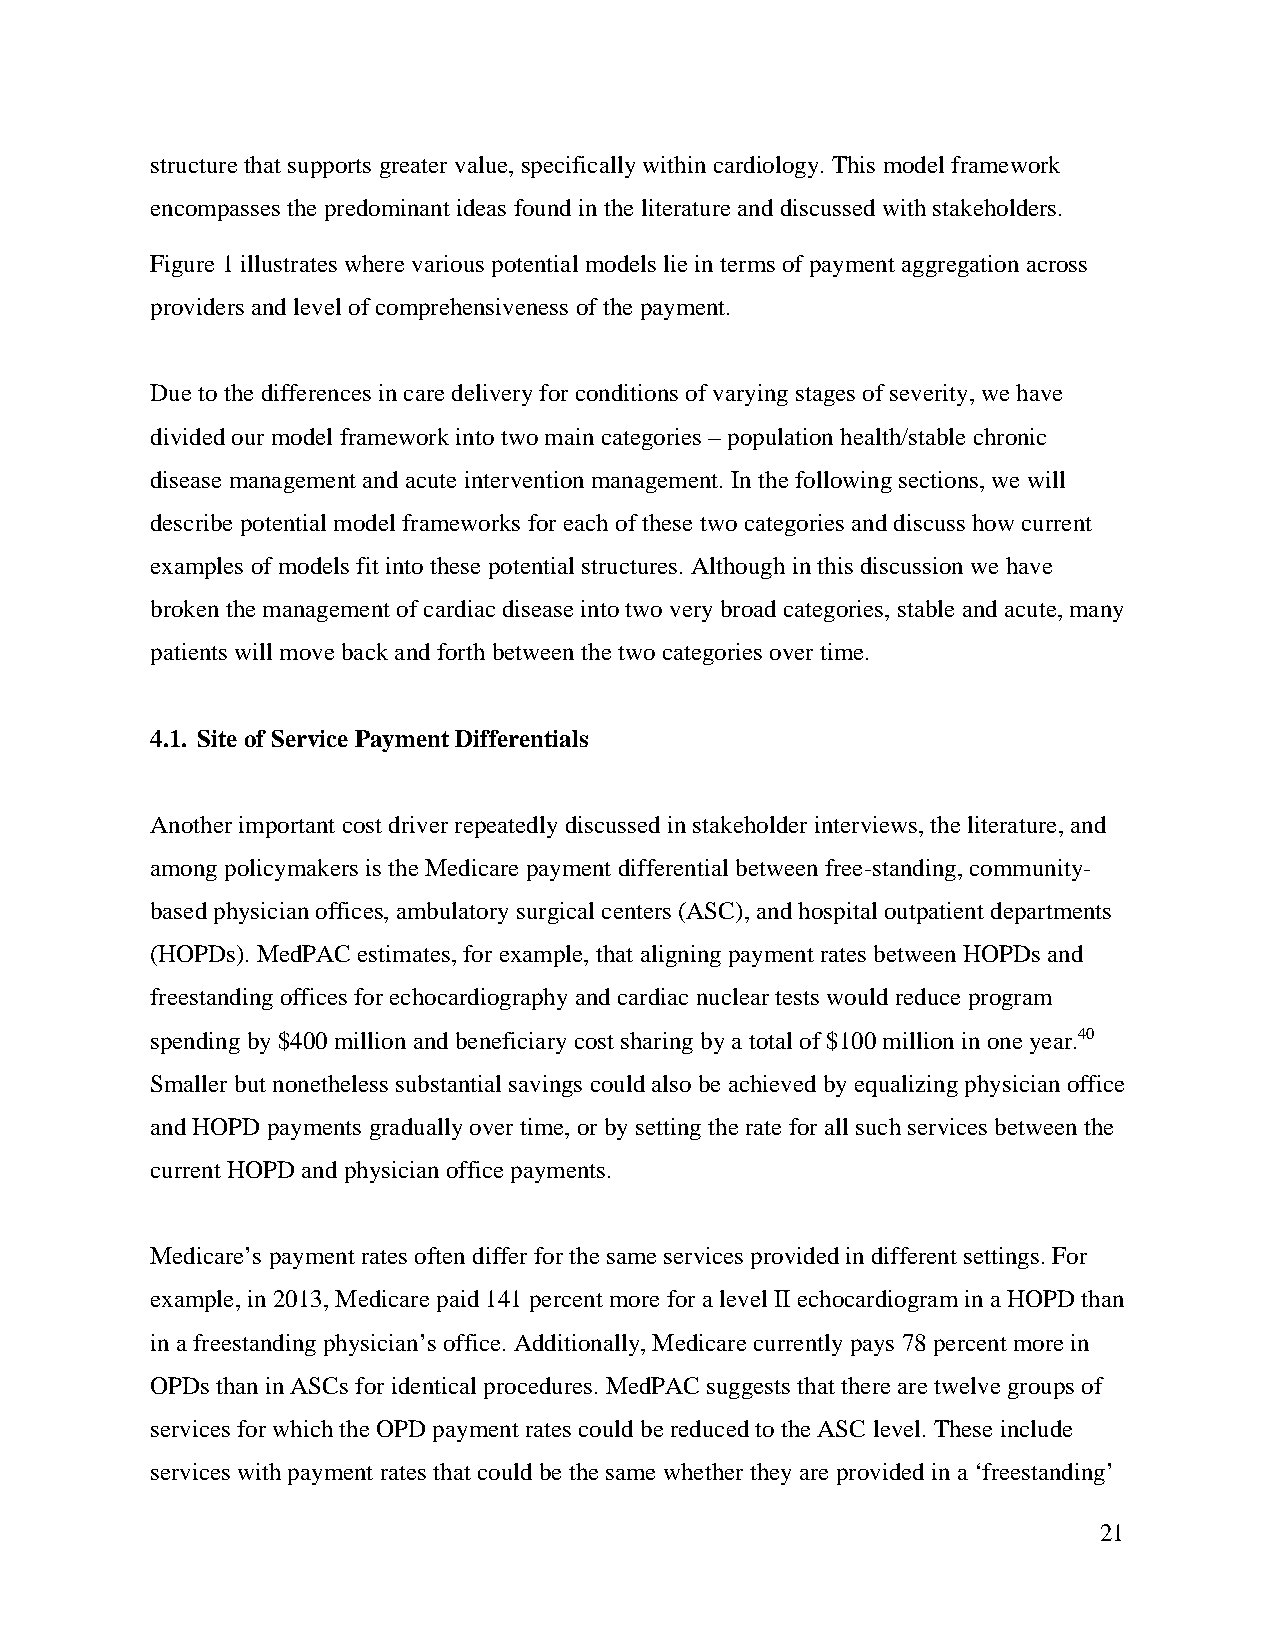
structure that supports greater value, specifically within cardiology. This model framework
 encompasses the predominant ideas found in the literature and discussed with stakeholders.
 Figure 1 illustrates where various potential models lie in terms of payment aggregation across
 providers and level of comprehensiveness of the payment.
 Due to the differences in care delivery for conditions of varying stages of severity, we have
 divided our model framework into two main categories – population health/stable chronic
 disease management and acute intervention management. In the following sections, we will
 describe potential model frameworks for each of these two categories and discuss how current
 examples of models fit into these potential structures. Although in this discussion we have
 broken the management of cardiac disease into two very broad categories, stable and acute, many
 patients will move back and forth between the two categories over time.
 4.1. Site of Service Payment Differentials
 Another important cost driver repeatedly discussed in stakeholder interviews, the literature, and
 among policymakers is the Medicare payment differential between free-standing, community-
 based physician offices, ambulatory surgical centers (ASC), and hospital outpatient departments
 (HOPDs). MedPAC estimates, for example, that aligning payment rates between HOPDs and
 freestanding offices for echocardiography and cardiac nuclear tests would reduce program
 spending by $400 million and beneficiary cost sharing by a total of $100 million in one year.40
 Smaller but nonetheless substantial savings could also be achieved by equalizing physician office
 and HOPD payments gradually over time, or by setting the rate for all such services between the
 current HOPD and physician office payments.
 Medicare’s payment rates often differ for the same services provided in different settings. For
 example, in 2013, Medicare paid 141 percent more for a level II echocardiogram in a HOPD than
 in a freestanding physician’s office. Additionally, Medicare currently pays 78 percent more in
 OPDs than in ASCs for identical procedures. MedPAC suggests that there are twelve groups of
 services for which the OPD payment rates could be reduced to the ASC level. These include
 services with payment rates that could be the same whether they are provided in a ‘freestanding’
 21